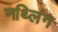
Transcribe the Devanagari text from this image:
नथ्लिंग